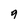
Character: 9